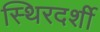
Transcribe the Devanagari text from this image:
स्थिरदर्शी